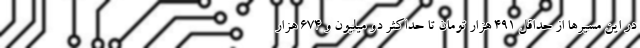
در این مسیرها از حداقل ۴۹۱ هزار تومان تا حداکثر دو میلیون و ۶۷۴ هزار